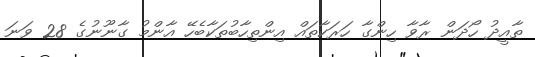
ތާއީދު ހޯދަން ރާވާ ހިންގާ ހަރަކާތައް އިންތިހާބުތަކާބެހޭ އާންމު ގާނޫނުގެ 28 ވަނަ